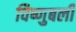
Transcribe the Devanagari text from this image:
विष्णुबली